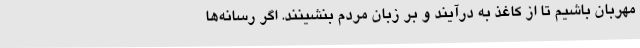
مهربان باشیم تا از کاغذ به درآیند و بر زبان مردم بنشینند. اگر رسانه‌ها